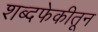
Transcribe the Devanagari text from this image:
शब्दफेकीतून